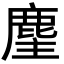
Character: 麈